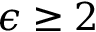
\epsilon \geq 2